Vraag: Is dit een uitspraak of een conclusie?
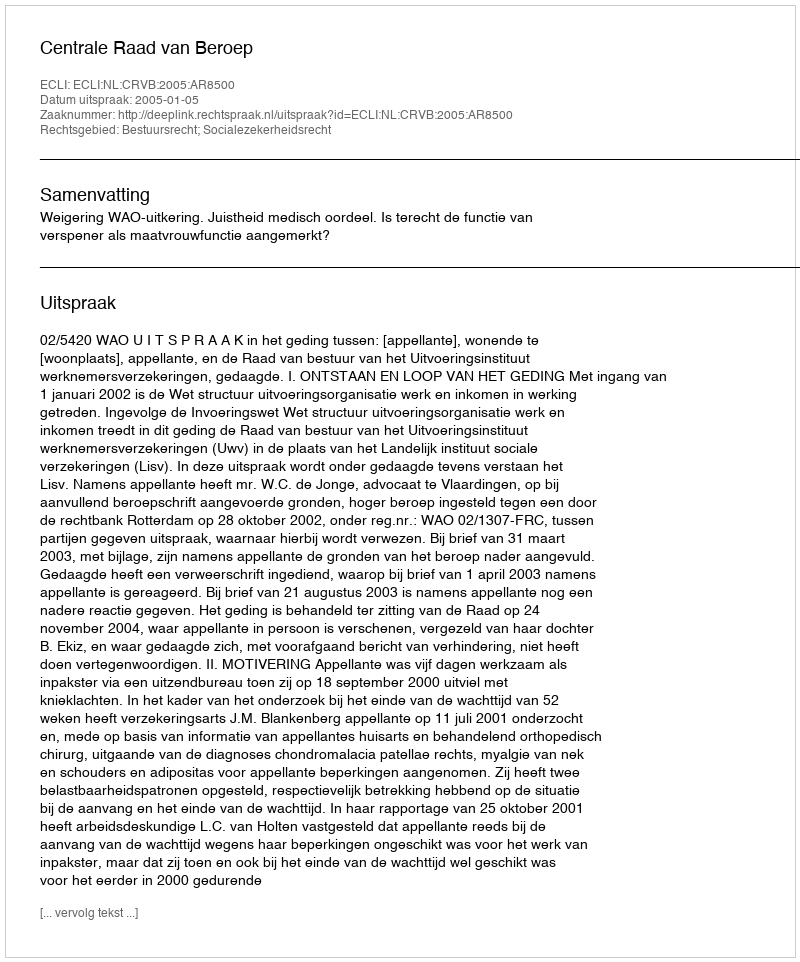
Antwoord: Uitspraak